Madras plague regulations in force outside the Presidency town - Volume 3
Disease focus: Plague
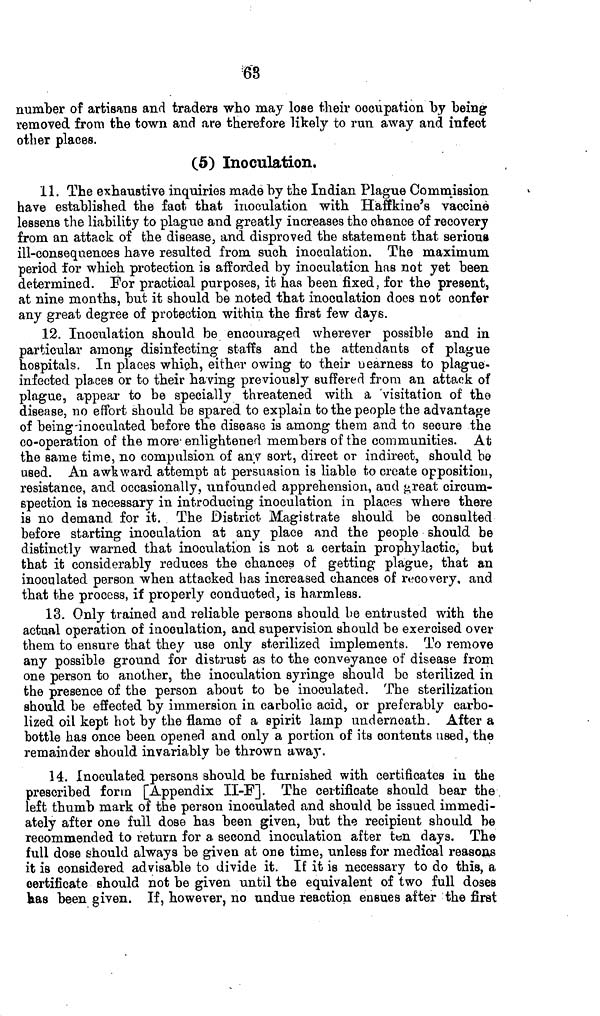
tfs
number of artisans and traders who may lose their occupation by being
removed from the town and are therefore likely to run away and infect
other places.
(5) Inoculation.
11. The exhaustive inquiries made by the Indian Plague Commission
have established the fact that inoculation with Haffkine's vaccine
lessens the liability to plague and greatly increases the chance of recovery
from an attack of the disease, and disproved the statement that serious
ill-consequences have resulted from such inoculation. The maximum
period for which protection is afforded by inoculation has not yet been
determined. For practical purposes, it has been fixed, for the present,
at nine months, but it should be noted that inoculation does not confer
any great degree of protection within the first few days.
12. Inoculation should be encouraged wherever possible and in
particular among disinfecting staffs and the attendants of plague
hospitals. In places which, either owing to their uearness to plague-
infected places or to their having previously suffered from an attack of
plague, appear to be specially threatened with a 'visitation of tho
disease, no effort should be spared to explain to the people the advantage
of being-inoculated before the disease is among them and to secure the
co-operation of the more' enlightened members of the communities. At
the same time, no compulsion of any sort, direct or indirect, should bo
used. An awkward attempt at persuasion is liable to create opposition,
resistance, and occasionally, unfounded apprehension, and j>reat circum-
spection is necessary in introducing inoculation in places where there
is no demand for it. The District Magistrate should be consulted
before starting inoculation at any place and the people should be
distinctly warned that inoculation is not a certain prophylactic, but
that it considerably reduces the chances of getting plague, that an
inoculated person when attacked has increased chances of recovery, and
that the process, if properly conducted, is harmless.
13. Only trained and reliable persons should be entrusted with the
actual operation of inoculation, and supervision should be exercised over
them to ensure that they use only sterilized implements. To remove
any possible ground for distrust as to the conveyance of disease from
one person to another, the inoculation syringe should bo sterilized in
the presence of the person about to be inoculated. The sterilization
should be effected by immersion in carbolic acid, or preferably carbo-
lized oil kept hot by the flame of a spirit lamp underneath. After a
bottle has once been opened and only a portion of its contents used, the
remainder should invariably be thrown awa}*.
14. Inoculated persons should be furnished with certificates in the
prescribed form [Appendix II-]?]. The certificate should bear the,
left thumb mark of the person inoculated and should be issued immedi-
ately after one full dose has been given, but the recipient should be
recommended to return for a. second inoculation after ten days. The
full dose should always be given at one time, unless for medical reasons
it is considered advisable to divide it. If it is necessary to do this, a
certificate should not be given until the equivalent of two full doses
käs been given. If, however, no undue reaction ensues after the first